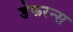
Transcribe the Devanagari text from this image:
डेफरन्स